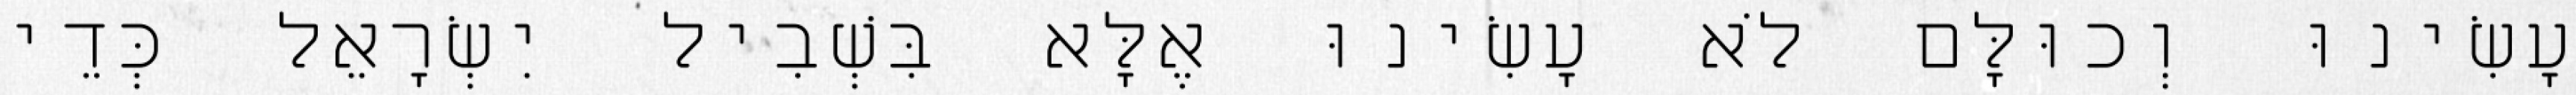
עָשִׂינוּ וְכוּלָּם לֹא עָשִׂינוּ אֶלָּא בִּשְׁבִיל יִשְׂרָאֵל כְּדֵי